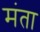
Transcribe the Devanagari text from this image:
मंता